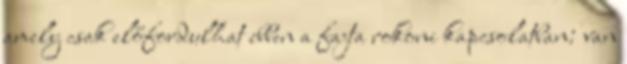
amely csak előfordulhat ebben a fajta rokoni kapcsolatban: van